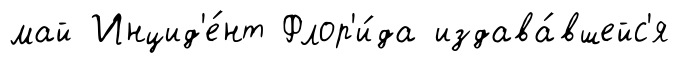
май Инцид'е́нт Флор'и́да издава́вшейс'я